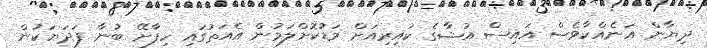
ދިޔާން އަނެއްކާވެސް އައިސް އުޝާގެ ކައިރިއަށް މަޑުކޮށްލަމުން އެއަތުގައި ހިފާށޭ ބުނާ ފަދަޔަކުން